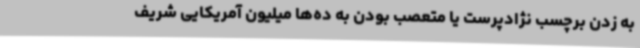
به زدن برچسب نژادپرست یا متعصب بودن به ده‌ها میلیون آمریکایی شریف